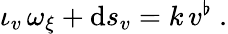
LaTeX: \begin{array}{r}{\iota_{v}\, \omega_{\xi}+\mathrm{d}s_{v}=k\, v^{\flat}\ .}\end{array}